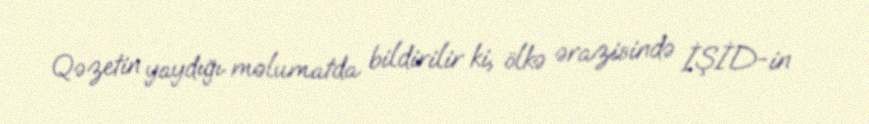
Qəzetin yaydığı məlumatda bildirilir ki, ölkə ərazisində İŞİD-in